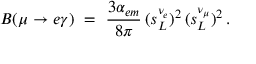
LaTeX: B ( \mu \to e \gamma ) \ = \ \frac { 3 \alpha _ { e m } } { 8 \pi } \, ( s _ { L } ^ { \nu _ { e } } ) ^ { 2 } \, ( s _ { L } ^ { \nu _ { \mu } } ) ^ { 2 } \, .